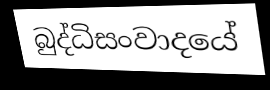
බුද්ධිසංවාදයේ